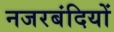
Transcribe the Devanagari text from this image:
नजरबंदियों